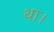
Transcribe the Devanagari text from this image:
था।